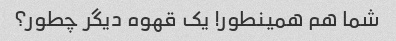
شما هم همینطور! یک قهوه دیگر چطور؟